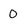
Character: 0